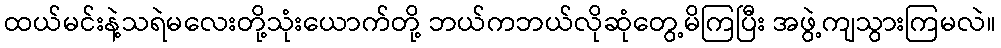
ထယ်မင်းနဲ့သရဲမလေးတို့သုံးယောက်တို့ ဘယ်ကဘယ်လိုဆုံတွေ့မိကြပြီး အဖွဲ့ကျသွားကြမလဲ။